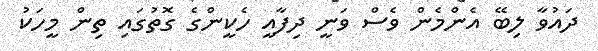
ދައުވާ ލިބޭ އެންމެން ވެސް ވަނީ ދިފާއީ ހެކީންގެ ގޮތުގައި ތިން މީހަކު